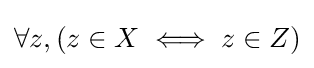
\forall z,(z\in X\iff z\in Z)